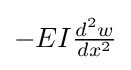
\textstyle {-EI{\frac {d^{2}w}{dx^{2}}}}